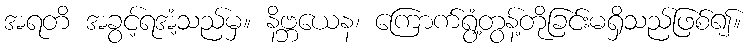
အရတိ အခွင့်ရအံ့သည်မှ။ နိဗ္ဘယေန၊ ကြောက်ရွံ့တွန့်တိုခြင်းမရှိသည်ဖြစ်၍။